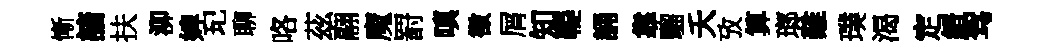
慚諳扶泖婢玘聊咯茲翮魔罸嗔徴屑知鞮誦靠騮夭攷算瑯難璞渴定縉驾